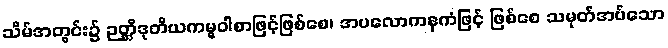
သိမ်အတွင်း၌ ဉတ္တိဒုတိယကမ္မဝါစာဖြင့်ဖြစ်စေ၊ အပလောကနကံဖြင့် ဖြစ်စေ သမုတ်အပ်သော